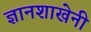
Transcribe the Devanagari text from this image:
ज्ञानशाखेनी